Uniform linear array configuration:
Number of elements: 16
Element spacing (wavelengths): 0.5
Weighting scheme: exponential
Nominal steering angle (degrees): -30
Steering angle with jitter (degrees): -28.044
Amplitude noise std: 0.05
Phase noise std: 0.05

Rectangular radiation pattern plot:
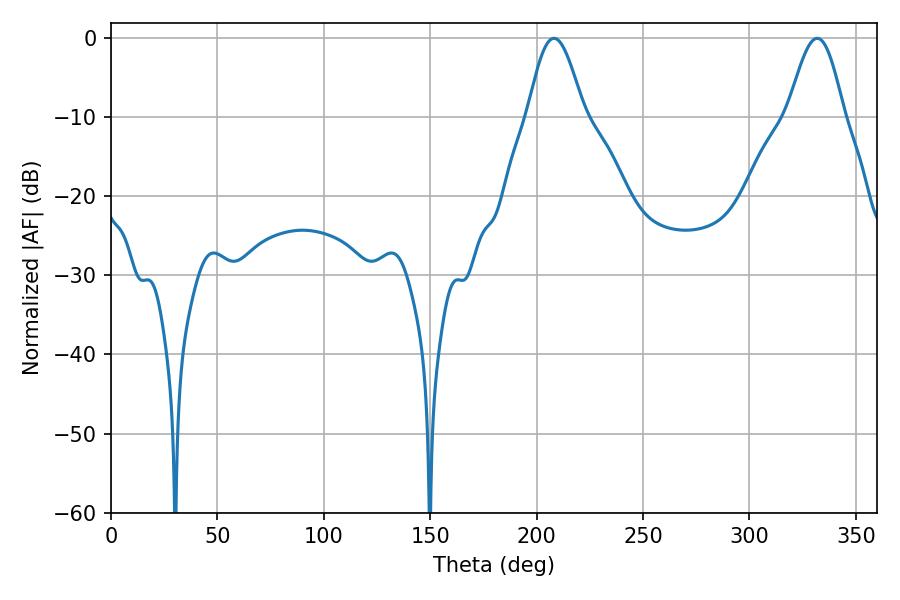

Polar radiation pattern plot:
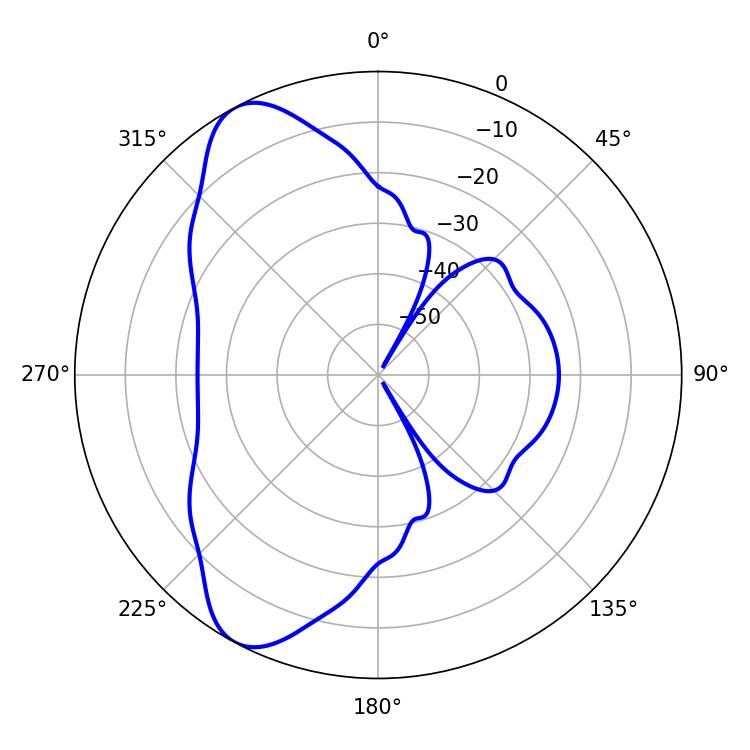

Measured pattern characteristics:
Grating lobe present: FALSE
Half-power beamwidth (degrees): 14.04
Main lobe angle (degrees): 208.08